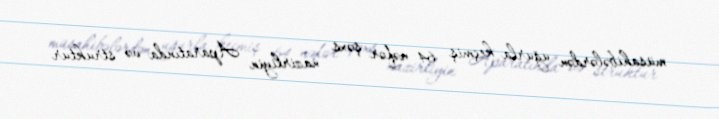
müsahibələrdən uğurla keçmiş 64 nəfər şəxs nazirliyin Aparatında və struktur